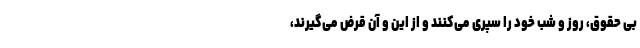
بی حقوق، روز و شب خود را سپری می‌کنند و از این و آن قرض می‌گیرند،